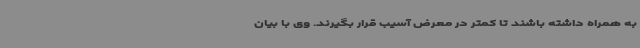
به همراه داشته باشند تا کمتر در معرض آسیب قرار بگیرند. وی با بیان